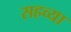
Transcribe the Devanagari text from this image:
सहव्या